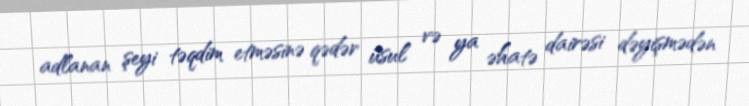
adlanan şeyi təqdim etməsinə qədər üsul və ya əhatə dairəsi dəyişmədən